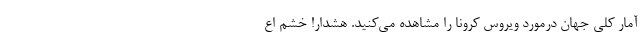
آمار کلی جهان درمورد ویروس کرونا را مشاهده می‌کنید. هشدار! خشم اع